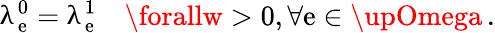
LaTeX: \uplambda_{\mathrm{e}}^{0}=\uplambda_{\mathrm{e}}^{1}\quad\forallw>0,\forall\mathrm{e}\in\upOmega\, .